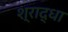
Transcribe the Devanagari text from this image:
श्राद्धा